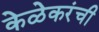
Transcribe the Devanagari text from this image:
केळेकरंची